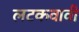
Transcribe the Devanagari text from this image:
लटकवावी